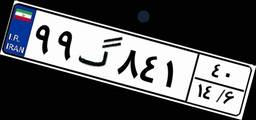
۴۹گ۱۹۷۶۶